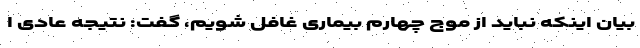
بیان اینکه نباید از موج چهارم بیماری غافل شویم، گفت: نتیجه عادی ا